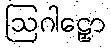
ဩဂါဠှော